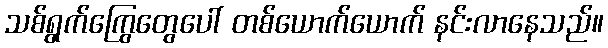
သစ်ရွက်ကြွေတွေပေါ် တစ်ယောက်ယောက် နင်းလာနေသည်။